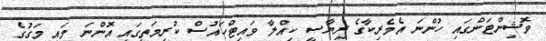
ވޮޝިންޓަންގައި ހުންނަ އެމެރިކާގެ ރިޔާސީ ކިއްލާ ވައިޓްހައުސް ކުރިމަތީގައި އޮންނަ މައި މަގުގެ